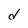
Character: d